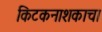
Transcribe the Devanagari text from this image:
किटकनाशकाचा